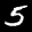
Label: 5